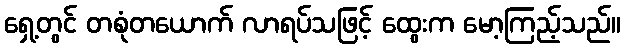
ရှေ့တွင် တစုံတယောက် လာရပ်သဖြင့် ထွေးက မော့ကြည့်သည်။